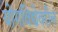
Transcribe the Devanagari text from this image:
योगविद्येवरील